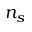
n _ { s }